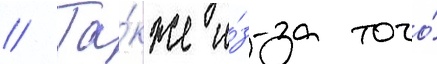
// Та́кже и́з-за того́